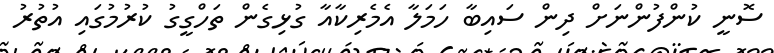
ސޮނީ ކުންފުންނަށް ދިން ސައިބާ ހަމަލާ އެމެރިކާއާ ގުޅިގެން ތަހްގީގު ކުރުމުގައި އުތުރު